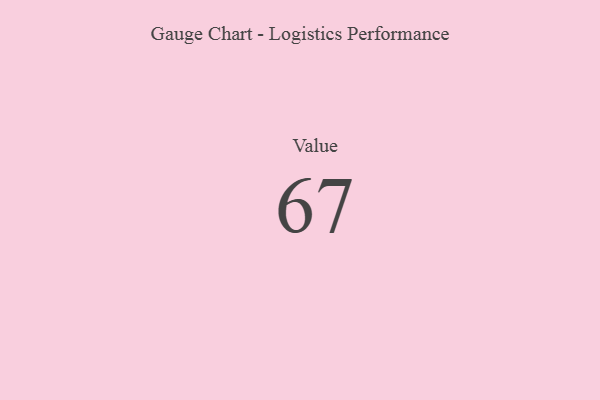
{"axis": {"x": "Metric", "y": "Value"}, "legend": [""], "data": [{"x": "Value", "y": 67, "type": ""}]}